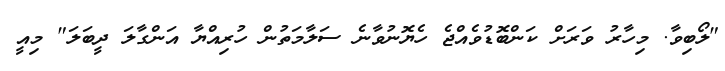
"ލޯބިވާ. މިހާރު ވަރަށް ކަންބޮޑުވެއްޖެ ހެޔޮނުވާނެ ސަލާމަތުން ހުރިއްޔާ އަންގާލަ ދީބަލަ" މިއީ